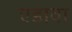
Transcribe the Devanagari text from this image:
एडावा